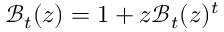
{ \mathcal { B } } _ { t } ( z ) = 1 + z { \mathcal { B } } _ { t } ( z ) ^ { t }